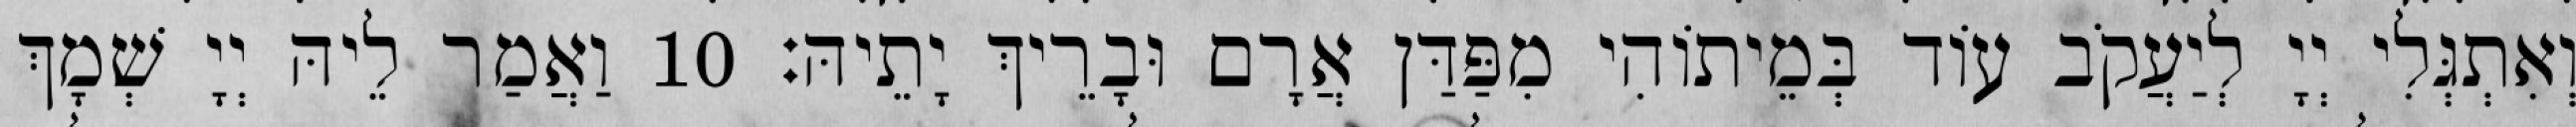
וְאִתְגְּלִי יְיָ לְיַעֲקֹב עוֹד בְּמֵיתוֹהִי מִפַּדַּן אֲרָם וּבָרֵיךְ יָתֵיהּ׃ 10 וַאֲמַר לֵיהּ יְיָ שְׁמָךְ